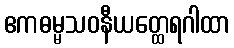
ဧကဓမ္မသဝနီယတ္ထေရဂါထာ